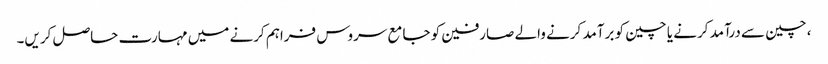
، چین سے درآمد کرنے یا چین کو برآمد کرنے والے صارفین کو جامع سروس فراہم کرنے میں مہارت حاصل کریں۔